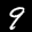
Label: 9